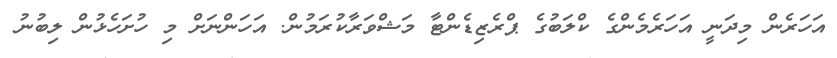
އަހަރެން މިދަނީ އަހަރެމެންގެ ކްލަބުގެ ޕްރެޒިޑެންޓާ މަޝްވަރާކުރަމުން. އަހަންނަށް މި ހުށަހެޅުން ލިބުނު